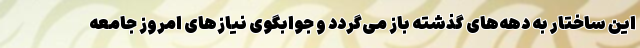
این ساختار به دهه‌های گذشته باز می‌گردد و جوابگوی نیازهای امروز جامعه